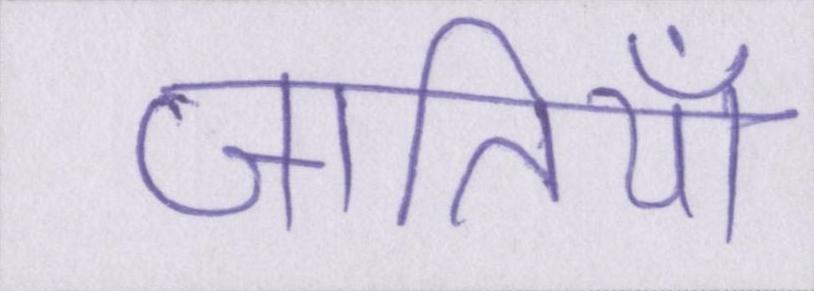
जातियाँ